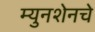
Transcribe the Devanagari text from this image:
म्युनशेनचे